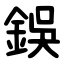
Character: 鋘